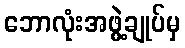
ဘောလုံးအဖွဲ့ချုပ်မှ